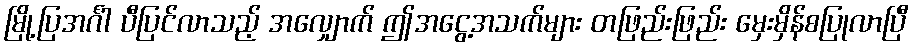
မြို့ပြအင်္ဂါ ပီပြင်လာသည့် အလျှောက် ဤအငွေ့အသက်များ တဖြည်းဖြည်း မှေးမှိန်စပြုလာပြီ